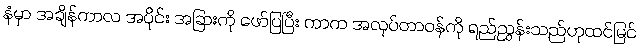
နံမှာ အချိန်ကာလ အပိုင်း အခြားကို ဖော်ပြပြီး ကာက အလုပ်တာဝန်ကို ရည်ညွှန်းသည်ဟုထင်မြင်